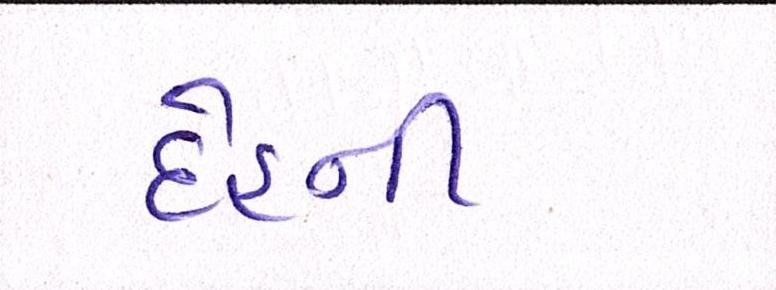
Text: દેહની